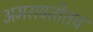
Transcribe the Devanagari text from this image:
अमरावतीतच